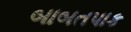
બાબતપાક